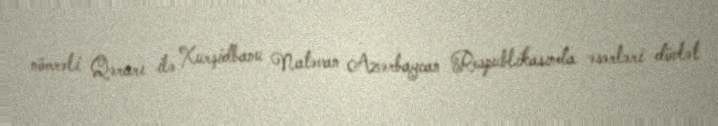
nömrəli Qərarı ilə Xurşidbanu Natəvan Azərbaycan Respublikasında əsərləri dövlət